Plague in India, 1896, 1897 - Volume 3
Year: 1896
Disease focus: Plague
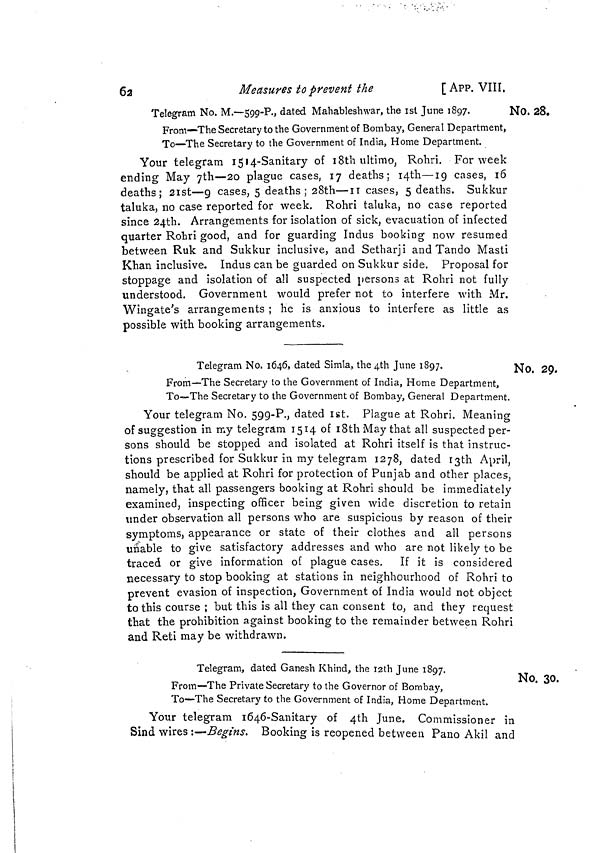
6 2
Measures to prevent the
[ APP. VIIÍ.
No. 28.
Telegram No. M.—599-P., dated Mahableshwar, the 1st June 1897.
N
From—The Secretary to the Government of Bombay, General Department,
To—The Secretary to the Government of India, Home Department.
Your telegram 1514-Sanitary of 18th ultimo, Rohri. For week
ending May 7th—20 plague cases, 17 deaths; 14th—19 cases, 16
deaths; 21st—9 cases, 5 deaths; 28th—II cases, 5 deaths. Sukkur
taluka, no case reported for week. Rohri taluka, no case reported
since 24th. Arrangements for isolation of sick, evacuation of infected
quarter Rohri good, and for guarding Indus booking now resumed
between Ruk and Sukkur inclusive, and Setharji and Tando Masti
Khan inclusive. Indus can be guarded on Sukkur side. Proposal for
stoppage and isolation of all suspected persons at Rohri not fully
understood. Government would prefer not to interfere with Mr.
Wingate's arrangements ; he is anxious to interfere as little as
possible with booking arrangements.
No. 29.
Telegram No. 1646, dated Simla, the 4th June 1897.
N
From—The Secretary to the Government of India, Home Department,
To—The Secretary to the Government of Bombay, General Department.
Your telegram No. 599-P., dated 1st. Plague at Rohri. Meaning
of suggestion in my telegram 1514 of 18th May that all suspected per-
sons should be stopped and isolated at Rohri itself is that instruc-
tions prescribed for Sukkur in my telegram 1278, dated 13th April,
should be applied at Rohri for protection of Punjab and other places,
namely, that all passengers booking at Rohri should be immediately
examined, inspecting officer being given wide discretion to retain
under observation all persons who are suspicious by reason of their
Symptoms, appearance or state of their clothes and all persons
unable to give satisfactory addresses and who are not likely to be
traced or give information of plague cases. If it is considered
necessary to stop booking at stations in neighbourhood of Rohri to
prevent evasion of inspection, Government of India would not object
to this course ; but this is all they can consent to, and they request
that the prohibition against booking to the remainder between Rohri
and Reti may be withdrawn.
No. 30.
Telegram, dated Ganesh Khind, the 12th June 1897.
From—The Private Secretary to the Governor of Bombay,
To—The Secretary to the Government of India, Home Department.
Your telegram 1646-Sanitary of 4th June. Commissioner in
Sind wires :—Begins. Booking is reopened between Pano Akil and